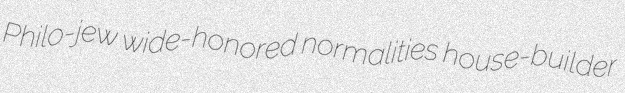
Philo-jew wide-honored normalities house-builder